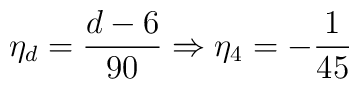
\eta_{d}=\frac{d-6}{90}\Rightarrow \eta_{4}=-\frac{1}{45}